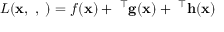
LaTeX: L ( \mathbf { x } , \mathbf { \mu } , \mathbf { \lambda } ) = f ( \mathbf { x } ) + \mathbf { \mu } ^ { \top } \mathbf { g } ( \mathbf { x } ) + \mathbf { \lambda } ^ { \top } \mathbf { h } ( \mathbf { x } )